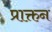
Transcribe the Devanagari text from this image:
प्राक्तन